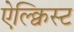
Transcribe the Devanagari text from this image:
ऐल्क्विस्ट